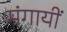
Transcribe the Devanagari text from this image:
मंगायीं